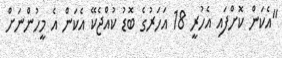
"އެކަން ކޮށްފައި އެހުރީ 18 އަހަރުގެ ބޮޑު ކުއްޖެކޭ އެކަން އެ މީހުންނަށް